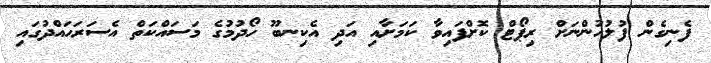
ފެނިގެން ފުލުހުންނަށް ރިޕޯޓް ކޮށްފައިވާ ކަމަށާއި އަދި އެކިނބޫ ހޯދުމުގެ މަސައްކަތް އެސަރަހައްދުގައި